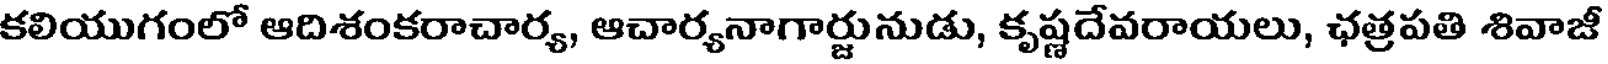
కలియుగంలో ఆదిశంకరాచార్య, ఆచార్యనాగార్జునుడు, కృష్ణదేవరాయలు, ఛత్రపతి శివాజీ